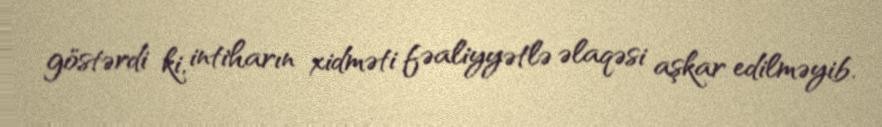
göstərdi ki, intiharın xidməti fəaliyyətlə əlaqəsi aşkar edilməyib.